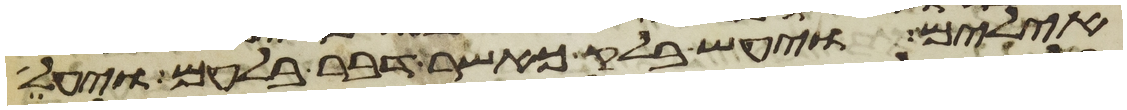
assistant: אילים ויעש בלק כאשר דבר בלעם ויעל